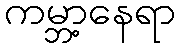
ကမ္ဘာ့နေရာ